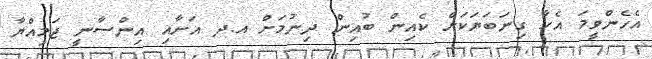
އެހެންވީމަ އެހާ ގިނަބަޔަކަށް ކެއިން ބުއިން ދިނުމަށް އ.ދ އަށާއި އިންސާނީ ޖަމިއްޔާ